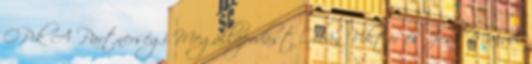
OP-k A Partnerségi Megállapodást Orbán Viktor és José Manuel